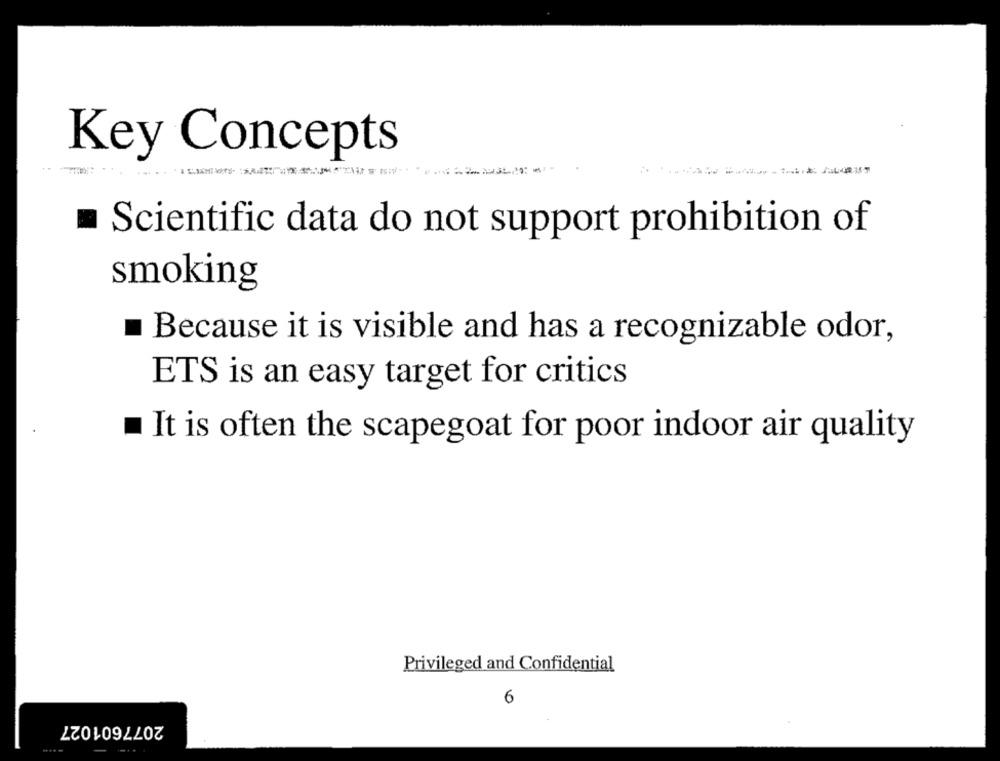
Key Concepts
Scientific data do not support prohibition of
smoking
Because it is visible and has a recognizable odor,
ETS is an easy target for critics
It is often the scapegoat for poor indoor air quality
Privileged and Confidential
6
2077601027